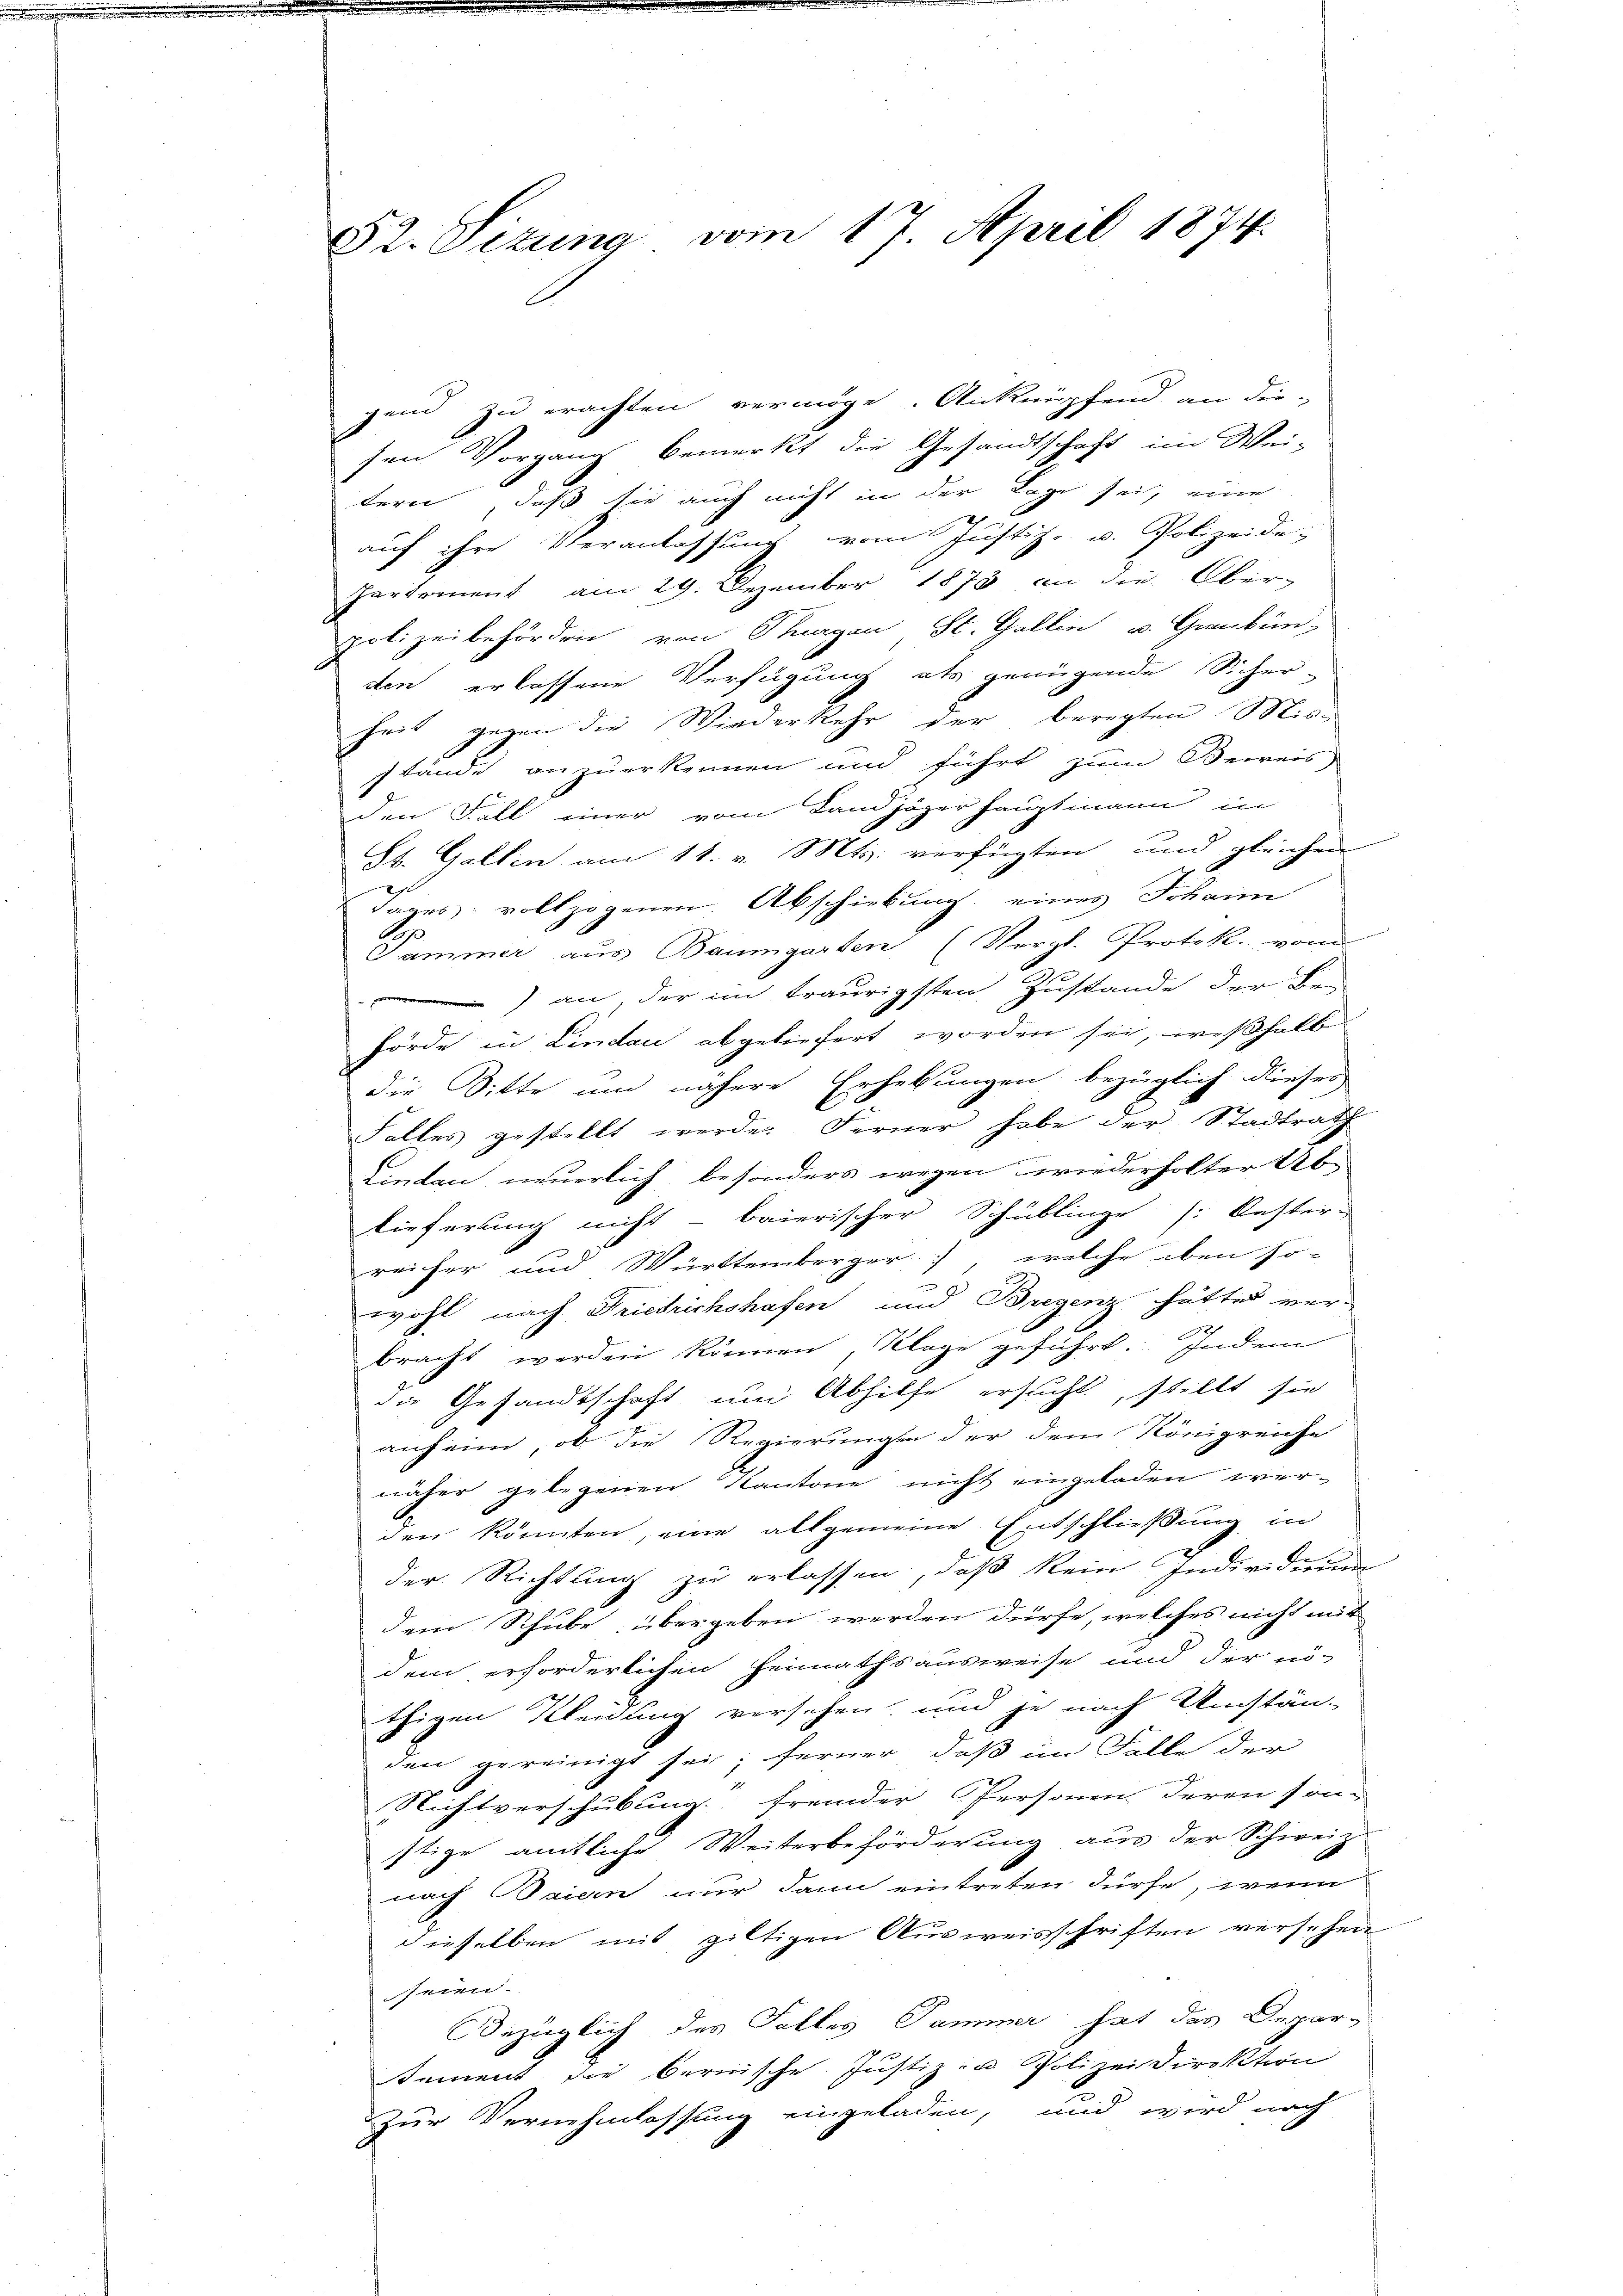
52. Sitzung vom 17. April 1874.

gend zu erachten vermöge. Anknüpfend an die-
sen Vorgang bemerkt die Gesandtschaft im Wei-
tern, daß sie auch nicht in der Lage sei, eine
e
auf ihre Veranlassung vom Justiz- u. Polizeide-
Partement am 29. Dezember 1873 an die Ober-
polizeibehörden von Thurgau St. Gallen u. Graubün
den erlassene Verfügung als genügende Sicher-
heit gegen die Wiederkehr der beregten Mis-
stände anzuerkennen und führt zum Beweis
den Fall einer vom Landjäger hauptmann in
St. Gallen am 11. v. Mts. verfügten und gleichen
Tages vollzogenen Abschiebung eines Johann
Pammer aus Baumgarten (Vergl. Protok. von
) an der im traurigsten Zustande der Be-
hörde in Lindau abgeliefert worden sei, weßhalb
die Sitte und nähere Erhebungen bezüglich dieser
Falles gestellt werde. Ferner habe der Stadtrath
Lindau neuerlich, besonders wegen wiederholter Ab-
lieferung nicht - baierischer Schublinge [ Oester-
reiher und Württemberger, welche oben so-
wohl nach Friedrichshafen und Bregenz hättes ver-
bracht werden können, Klage geführt. Indem
die Gesandtschaft um Abhilfe ersucht, stellt sie
anheim, ob die Regierungen der dem Königreiche
näher gelegenen Kantone nicht eingeladen wer-
den könnten, eine allgemeine Entschließung in
der Richtung zu erlassen, daß kein Individuum
dem Schube übergeben werden dürfe, welches nicht mit
dem erforderlichen Heimathsausweise und der nö-
thigen Kleidung versehen, und je nach Umstän-
den gereinigt sei; ferner, daß im Falle der
Nichtverschübung fremder Personen deren son-
stige amtliche Weiterbeförderung aus der Schweiz
nach Baiern nur dann eintreten dürfe, wenn
dieselben mit giltigen Ausweisschriften versehen
seien.
Bezüglich des Falles Sammer hat das Depar-
sement die bernische Justiz- u Polizeidirektion
Zur Vernehmlassung eingeladen, und wird nach